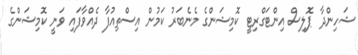
ޝަހިންދާ ޕޮލިސް އިންޓަގްރިޓީ ކޮމިޝަންގެ މެނެބަރު ކަމުން އިސްތިއުފާ ދެއްވާފައި ވަނީ ކޮމިޝަންގެ